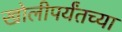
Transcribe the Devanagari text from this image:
खोलीपर्यंतच्या